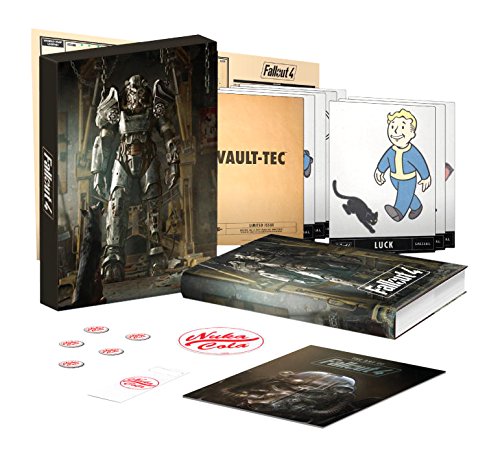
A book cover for Fallout 4 Ultimate Vault Dweller's Survival Guide Bundle; David Hodgson; Humor & Entertainment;